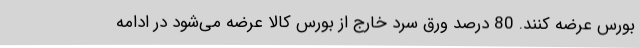
بورس عرضه کنند. 80 درصد ورق سرد خارج از بورس کالا عرضه می‌شود در ادامه